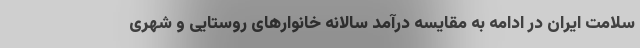
سلامت ایران در ادامه به مقایسه درآمد سالانه خانوارهای روستایی و شهری